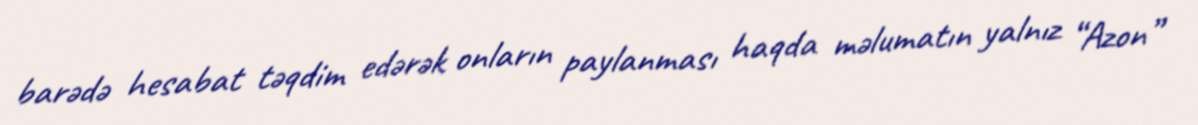
barədə hesabat təqdim edərək onların paylanması haqda məlumatın yalnız “Azon”